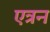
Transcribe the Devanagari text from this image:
एत्रन